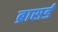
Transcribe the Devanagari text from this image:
ब्रासर्ड